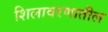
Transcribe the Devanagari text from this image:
शिलावरणातील